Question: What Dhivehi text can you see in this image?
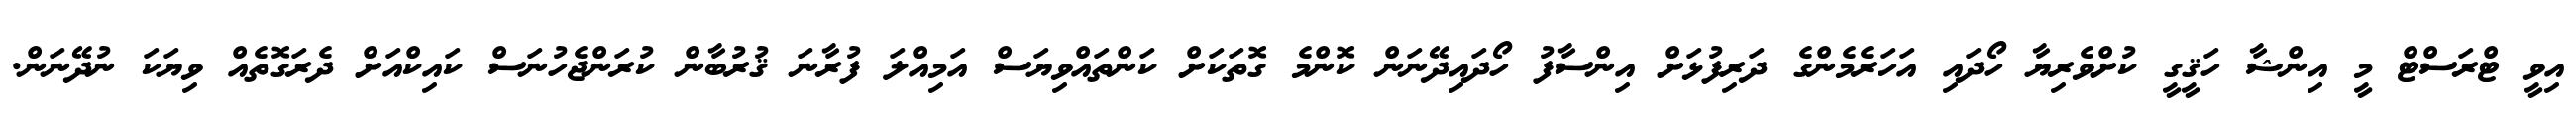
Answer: އިވީ ޓްރަސްޓް މީ އިންޝާ ހަޤީގީ ކުށްވެރިޔާ ހޯދައި އަހަރެމެންގެ ދަރިފުޅަށް އިންސާފު ހޯދައިދޭނަން ކޮންމެ ގޮތަކަށް ކަންތައްވިޔަސް އަމިއްލަ ފުރާނަ ޤުރުބާން ކުރަންޖެހުނަސް ކައިކްއަށް ދެރަގޮތެއް ވިޔަކަ ނުދޭނަން.